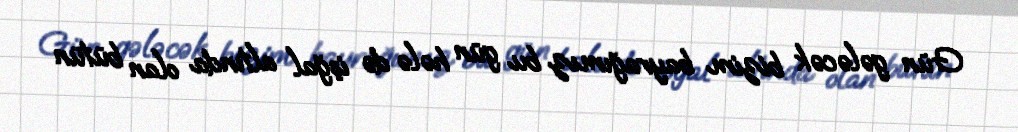
Gün gələcək bizim bayrağımız bu gün hələ də işğal altında olan bütün